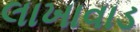
લાખાવાડ